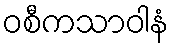
ဝစီကသာဝါနံ